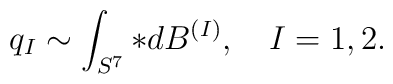
q_I \sim \int_{S^{7}} * dB^{(I)}, \quad I = 1,2.